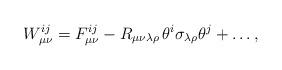
LaTeX: \begin{align*}W_{\mu\nu}^{ij}=F_{\mu\nu}^{ij}-R_{\mu\nu\lambda\rho}\,\theta^i\sigma_{\lambda\rho}\theta^j+\dots,\end{align*}